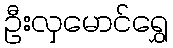
ဦးလှမောင်ရွှေ